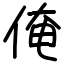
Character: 俺